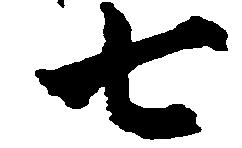
七